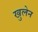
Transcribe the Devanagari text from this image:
खुलेन